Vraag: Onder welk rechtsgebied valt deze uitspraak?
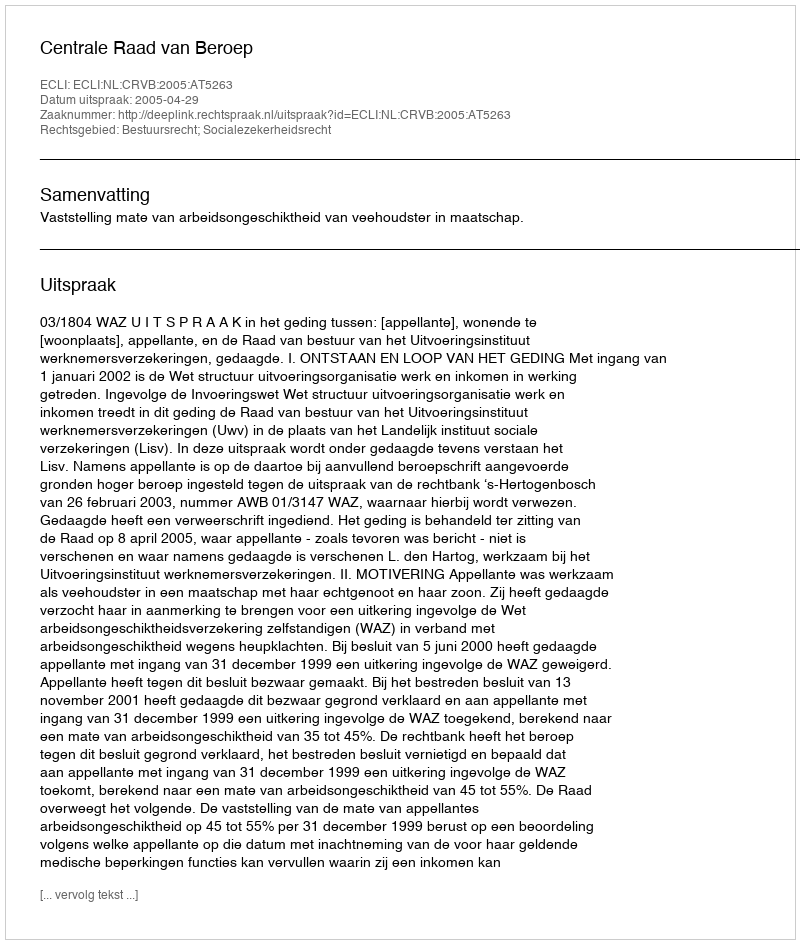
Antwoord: Bestuursrecht; Socialezekerheidsrecht